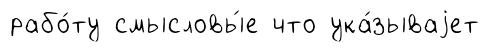
рабо́ту смысловы́е что ука́зываjет